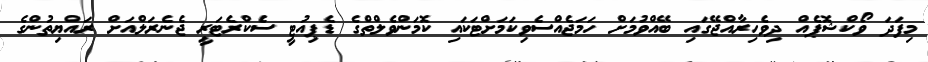
މިފަދަ ވޯކްޝޮޕެއް ދިވެހިރާއްޖޭގައި ބޭއްވުމަށް ހަމަޖެއްސެވިކަމަށްޓަކައި ކޮމަންވެލްތްގެ ޑެޕިއުޓީ ސެކްރެޓަރީ ޖެނެރަލްއަށް ރައްޔިތުންގެ